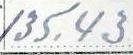
135,43